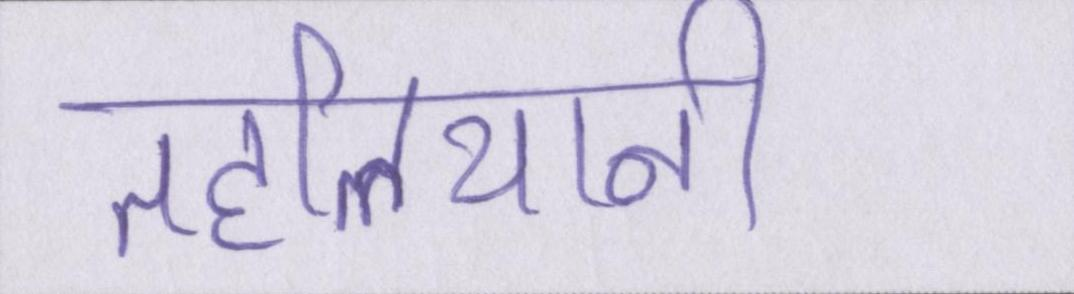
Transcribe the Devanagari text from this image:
तहलियानी